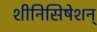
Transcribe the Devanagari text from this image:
शीनिसिषेशन्